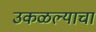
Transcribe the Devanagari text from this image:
उकळल्याचा